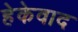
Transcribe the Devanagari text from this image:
हेकेवाद